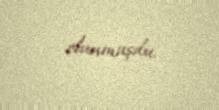
olunmuşdu.